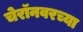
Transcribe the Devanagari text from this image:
चेरॉनवरच्या